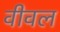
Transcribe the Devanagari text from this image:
वीवल